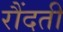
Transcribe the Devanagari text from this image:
रौंदती